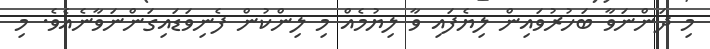
މި ދަންނަވާ ބަހުރުވައިން ލިޔެފައި ވާ ލިޔުމެއް މި ލިންކުން ފެނިވަޑައިގަންނަވާނެއެވެ. މި